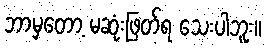
ဘာမှတော့ မဆုံးဖြတ်ရ သေးပါဘူး။